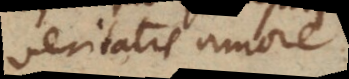
Veritatis opere